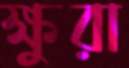
ক্ষুরা